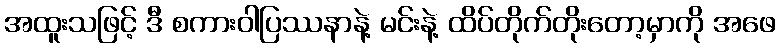
အထူးသဖြင့် ဒီ စကားဝါပြဿနာနဲ့ မင်းနဲ့ ထိပ်တိုက်တိုးတော့မှာကို အဖေ